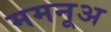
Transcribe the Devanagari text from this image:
ममनूअ